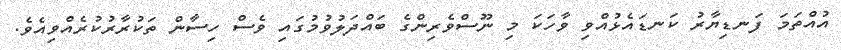
އުއްތަމަ ފަނޑިޔާރު ކަނޑައެޅުއްވި ވާހަކަ މި ނޫސްވެރިންގެ ބައްދަލުވުމުގައި ވެސް ހިސާން ތަކުރާރުކުރެއްވިއެވެ.